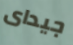
جيداى